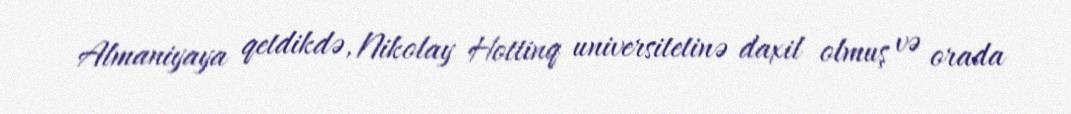
Almaniyaya qetdikdə, Nikolay Hottinq universitetinə daxil olmuş və orada